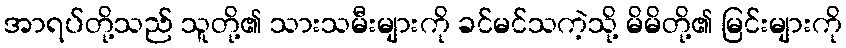
အာရပ်တို့သည် သူတို့၏ သားသမီးများကို ခင်မင်သကဲ့သို့ မိမိတို့၏ မြင်းများကို